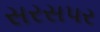
સરસપર